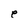
Character: e